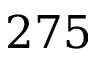
2 7 5